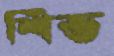
শিভ